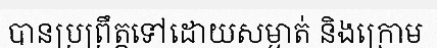
បានប្រព្រឹត្តទៅដោយសម្ងាត់ និងក្រោម